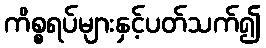
ကိစ္စရပ်များနှင့်ပတ်သက်၍